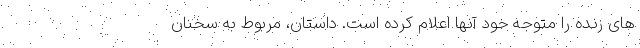
های زنده را متوجه خود آنها اعلام کرده است. داستان، مربوط به سخنان